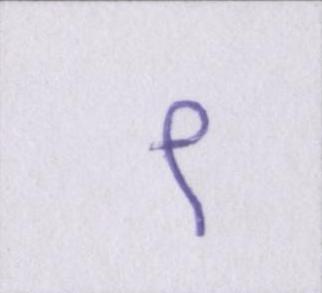
९